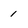
Character: 1